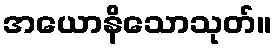
အယောနိသောသုတ်။